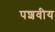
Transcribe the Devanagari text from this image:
पशवीय